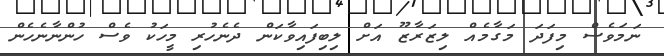
ނަމަވެސް މިފަދަ މަގާމެއް ލިޒަރާޒޫ އަށް ލިބިފައިވާކަން ދެނެހުރި މީހަކު ވެސް ހުންނާނެހެން